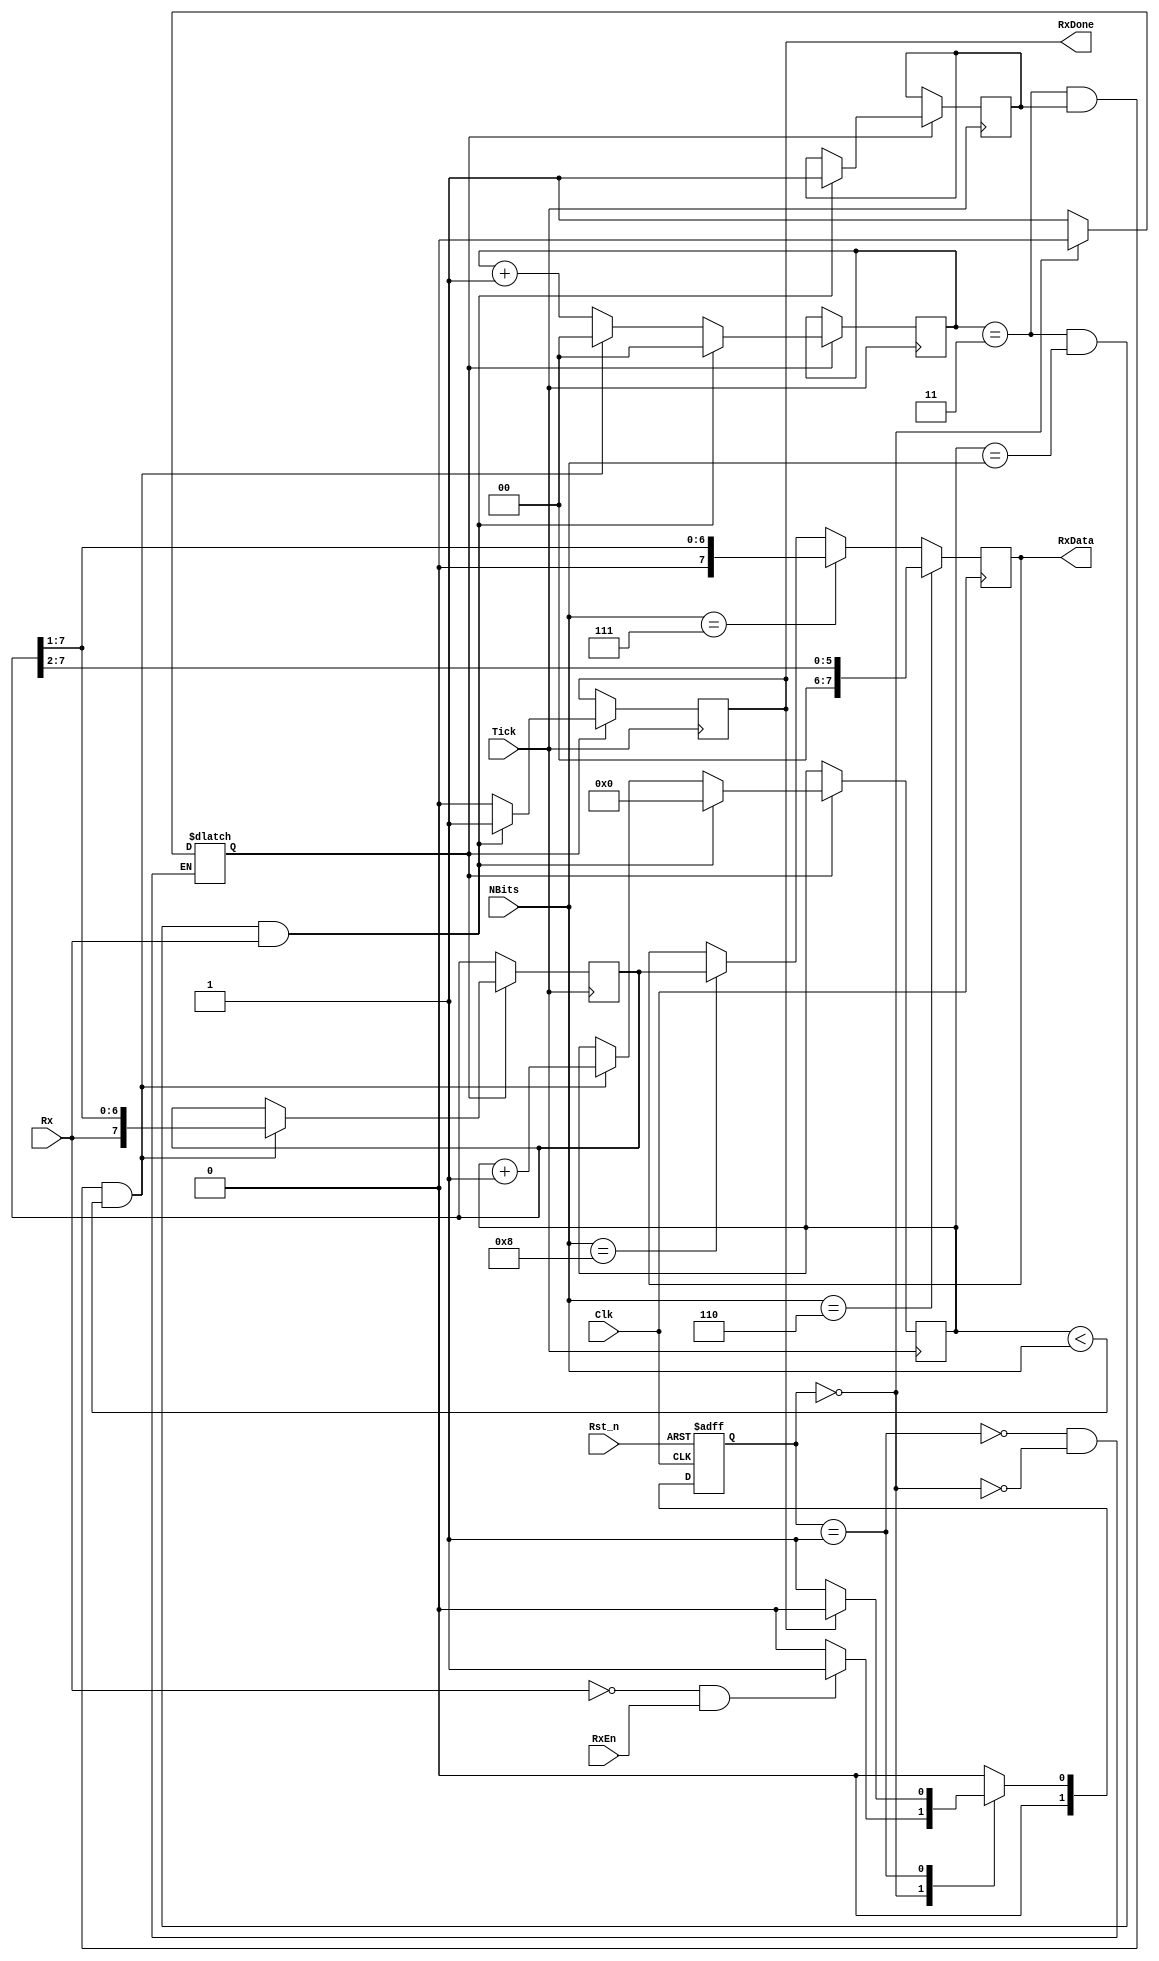
module uart_rx (Clk,Rst_n,RxEn,RxData,RxDone,Rx,Tick,NBits);		

input Clk, Rst_n, RxEn,Rx,Tick;		
input [3:0]NBits;			


output RxDone;				
output [7:0]RxData;			


parameter  IDLE = 1'b0, READ = 1'b1; 	
reg [1:0] State, Next;			
reg  read_enable = 1'b0;		
reg  start_bit = 1'b1;			      //Variable used to notify when the start bit was detected (first falling edge of RX)
reg  RxDone = 1'b0;			
reg [4:0]Bit = 5'b00000;		      //Variable used for the bit by bit read loop (in this case 8 bits so 8 loops)
reg [1:0] counter = 2'b00;		      //Counter variable used to count the tick pulses up to 4
reg [7:0] Read_data= 8'b00000000;	//Register where we store the Rx input bits before assigning it to the RxData output
reg [7:0] RxData;			


always @ (posedge Clk or negedge Rst_n)			
begin
if (!Rst_n)	State <= IDLE;				
else 		State <= Next;				   
end


always @ (State or Rx or RxEn or RxDone)
begin
    case(State)	
	IDLE:	if(!Rx & RxEn)		Next = READ;	 //If Rx is low (Start bit detected) we start the read process
		else			Next = IDLE;
	READ:	if(RxDone)		Next = IDLE; 	    //If RxDone is high, than we get back to IDLE and wait for Rx input to go low (start bit detect)
		else			Next = READ;
	default 			Next = IDLE;
    endcase
end


always @ (State or RxDone)
begin
    case (State)
	READ: begin
		read_enable <= 1'b1;			
	      end
	
	IDLE: begin
		read_enable <= 1'b0;			
	      end
    endcase
end


always @ (posedge Tick)

	begin
	if (read_enable)
	begin
	RxDone <= 1'b0;							   //Set the RxDone register to low since the process is still going
	counter <= counter+1;						//Increase the counter by 1 with each Tick detected
		
	if ((counter == 2'b11) & (start_bit) & (Bit < NBits))	//We make a loop (8 loops in this case) and we read all 8 bits
	begin
	Read_data <= {Rx,Read_data[7:1]};
	counter <= 2'b00;
	Bit <= Bit+1;
	end
	
	if ((counter == 2'b11) & (Bit == NBits) & (Rx))		//Then we count to 4 once again and detect the stop bit (Rx input must be high)
	begin
	Bit <= 4'b0000;
	RxDone <= 1'b1;
	counter <= 2'b00;
	start_bit <= 1'b1;						               
	end
	end
	
	

end


always @ (posedge Clk)
begin

if (NBits == 4'b1000)
begin
RxData[7:0] <= Read_data[7:0];	
end

if (NBits == 4'b0111)
begin
RxData[7:0] <= {1'b0,Read_data[7:1]};	
end

if (NBits == 4'b0110)
begin
RxData[7:0] <= {1'b0,1'b0,Read_data[7:2]};	
end
end


endmodule